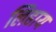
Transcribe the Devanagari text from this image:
लिहाय